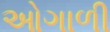
ઓગાળી